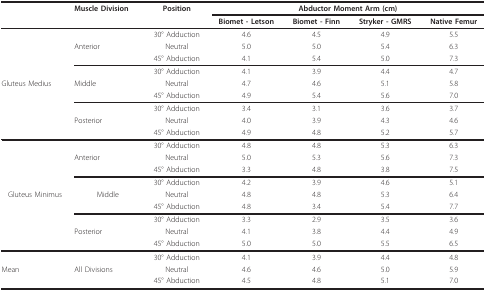
|  | Muscle Division | Position | <COLSPAN=4> Abductor Moment Arm (cm) |
 |  |  |  | Biomet - Letson | Biomet - Finn | Stryker - GMRS | Native Femur |
 | --- | --- | --- | --- | --- | --- | --- |
 |  |  | 30° Adduction | 4.6 | 4.5 | 4.9 | 5.5 |
 |  | Anterior | Neutral | 5.0 | 5.0 | 5.4 | 6.3 |
 |  |  | 45° Abduction | 4.1 | 5.4 | 5.0 | 7.3 |
 |  |  | 30° Adduction | 4.1 | 3.9 | 4.4 | 4.7 |
 | Gluteus Medius | Middle | Neutral | 4.7 | 4.6 | 5.1 | 5.8 |
 |  |  | 45° Abduction | 4.9 | 5.4 | 5.6 | 7.0 |
 |  |  | 30° Adduction | 3.4 | 3.1 | 3.6 | 3.7 |
 |  | Posterior | Neutral | 4.0 | 3.9 | 4.3 | 4.6 |
 |  |  | 45° Abduction | 4.9 | 4.8 | 5.2 | 5.7 |
 |  |  | 30° Adduction | 4.8 | 4.8 | 5.3 | 6.3 |
 |  | Anterior | Neutral | 5.0 | 5.3 | 5.6 | 7.3 |
 |  |  | 45° Abduction | 3.3 | 4.8 | 3.8 | 7.5 |
 |  |  | 30° Adduction | 4.2 | 3.9 | 4.6 | 5.1 |
 | Gluteus Minimus | Middle | Neutral | 4.8 | 4.8 | 5.3 | 6.4 |
 |  |  | 45° Abduction | 4.8 | 3.4 | 5.4 | 7.7 |
 |  |  | 30° Adduction | 3.3 | 2.9 | 3.5 | 3.6 |
 |  | Posterior | Neutral | 4.1 | 3.8 | 4.4 | 4.9 |
 |  |  | 45° Abduction | 5.0 | 5.0 | 5.5 | 6.5 |
 |  |  | 30° Adduction | 4.1 | 3.9 | 4.4 | 4.8 |
 | Mean | All Divisions | Neutral | 4.6 | 4.6 | 5.0 | 5.9 |
 |  |  | 45° Abduction | 4.5 | 4.8 | 5.1 | 7.0 |